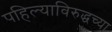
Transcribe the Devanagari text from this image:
पहिल्याविरुद्धच्या